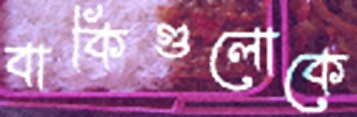
বাকিগুলোকে